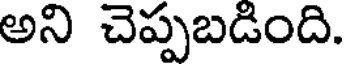
అని చెప్పబడింది.